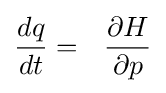
{\frac {dq}{dt}}=~~{\frac {\partial H}{\partial p}}